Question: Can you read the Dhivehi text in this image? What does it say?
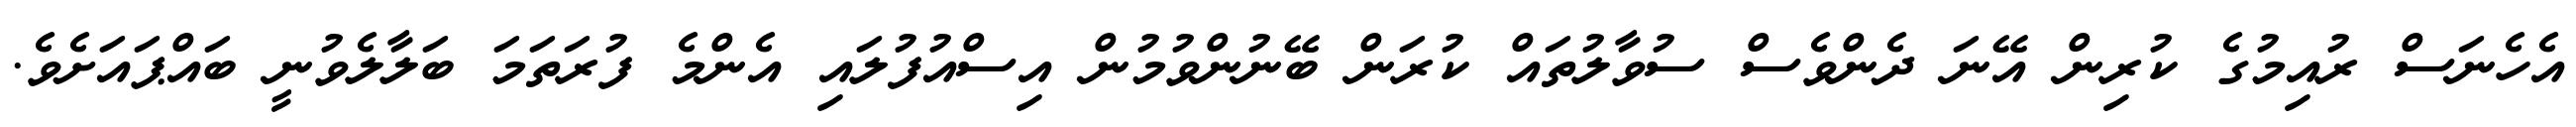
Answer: އެހެނަސް ރުއިމުގެ ކުރިން އޭނަ ދެންވެސް ސުވާލުތައް ކުރަން ބޭނުންވުމުން އިސްއުފުލައި އެންމެ ފުރަތަމަ ބަލާލެވުނީ ބައްޕައަށެވެ.